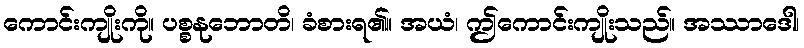
ကောင်းကျိုးကို။ ပစ္စနုဘောတိ၊ ခံစားရ၏။ အယံ၊ ဤကောင်းကျိုးသည်။ အဿာဒေါ၊